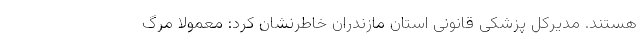
هستند. مدیرکل پزشکی قانونی استان مازندران خاطرنشان کرد: معمولاً مرگ